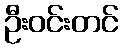
ဦးဝင်းတင်